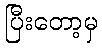
ပြီးတော့မှ